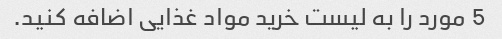
5 مورد را به لیست خرید مواد غذایی اضافه کنید.